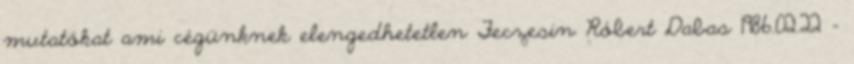
mutatókat ami cégünknek elengedhetetlen Feczesin Róbert Dabas 1986.02.22 -